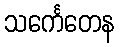
သင်္ကေတေန